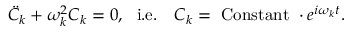
{ \ddot { C } } _ { k } + \omega _ { k } ^ { 2 } C _ { k } = 0 , ~ ~ \mathrm { i . e . } ~ ~ ~ C _ { k } = ~ \mathrm { C o n s t a n t } ~ \cdot e ^ { i \omega _ { k } t } .